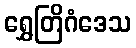
ရွှေတြိဂံဒေသ